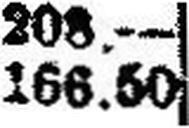
166.50